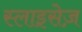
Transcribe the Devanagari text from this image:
स्लाइसेज़